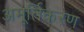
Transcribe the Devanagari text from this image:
अमूर्तिकरण